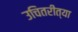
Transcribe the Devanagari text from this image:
उचितरीत्या